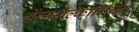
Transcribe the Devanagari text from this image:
बेंजअल्कोनियम